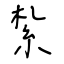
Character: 紮